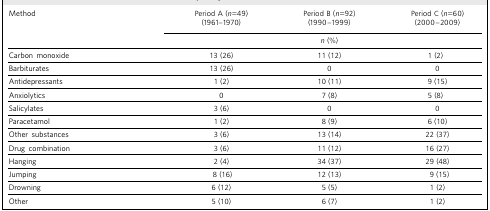
<table><thead><tr><td><b>Method</b></td><td><b>Period A (<i>n</i>=49)(1961–1970)</b></td><td><b>Period B (<i>n</i>=92)(1990–1999)</b></td><td><b>Period C (<i>n</i>=60)(2000–2009)</b></td></tr><tr><td></td><td></td><td><b><i>n</i> (%)</b></td><td></td></tr></thead><tbody><tr><td>Carbon monoxide</td><td>13 (26)</td><td>11 (12)</td><td>1 (2)</td></tr><tr><td>Barbiturates</td><td>13 (26)</td><td>0</td><td>0</td></tr><tr><td>Antidepressants</td><td>1 (2)</td><td>10 (11)</td><td>9 (15)</td></tr><tr><td>Anxiolytics</td><td>0</td><td>7 (8)</td><td>5 (8)</td></tr><tr><td>Salicylates</td><td>3 (6)</td><td>0</td><td>0</td></tr><tr><td>Paracetamol</td><td>1 (2)</td><td>8 (9)</td><td>6 (10)</td></tr><tr><td>Other substances</td><td>3 (6)</td><td>13 (14)</td><td>22 (37)</td></tr><tr><td>Drug combination</td><td>3 (6)</td><td>11 (12)</td><td>16 (27)</td></tr><tr><td>Hanging</td><td>2 (4)</td><td>34 (37)</td><td>29 (48)</td></tr><tr><td>Jumping</td><td>8 (16)</td><td>12 (13)</td><td>9 (15)</td></tr><tr><td>Drowning</td><td>6 (12)</td><td>5 (5)</td><td>1 (2)</td></tr><tr><td>Other</td><td>5 (10)</td><td>6 (7)</td><td>1 (2)</td></tr></tbody></table>